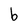
Character: b